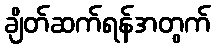
ချိတ်ဆက်ရန်အတွက်